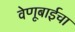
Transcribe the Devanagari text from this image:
वेणूबाईचा